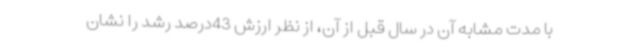
با مدت مشابه آن در سال قبل از آن، از نظر ارزش 43درصد رشد را نشان